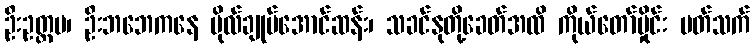
ဦးဥတ္တမ၊ ဦးဘဘေကနေ ဗိုလ်ချုပ်အောင်ဆန်း၊ သခင်နုတို့ခေတ်အထိ ကိုယ်တော်မှိုင်း ပတ်သက်